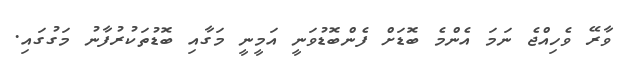
ވާރޭ ވެހިއްޖެ ނަމަ އެންމެ ބޮޑަށް ފެންބޮޑުވަނީ އަމީނީ މަގާއި ބޮޑުތަކުރުފާނު މަގުގައި.